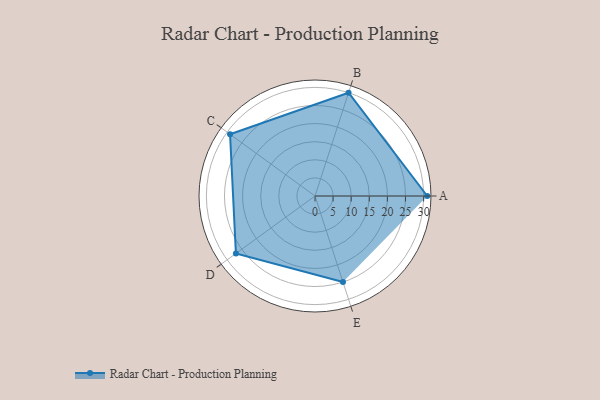
{"axis": {"x": "Skill", "y": "Score"}, "legend": ["Profile"], "data": [{"x": "A", "y": 31.0, "type": "Profile"}, {"x": "B", "y": 30.0, "type": "Profile"}, {"x": "C", "y": 29.0, "type": "Profile"}, {"x": "D", "y": 27.0, "type": "Profile"}, {"x": "E", "y": 25.0, "type": "Profile"}]}